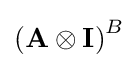
\left(\mathbf {A\otimes I} \right)^{B}